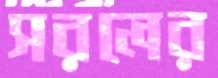
সরলের